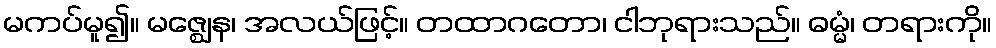
မကပ်မူ၍။ မဇ္ဈေန၊ အလယ်ဖြင့်။ တထာဂတော၊ ငါဘုရားသည်။ ဓမ္မံ၊ တရားကို။